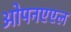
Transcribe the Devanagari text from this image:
ओपनएएल